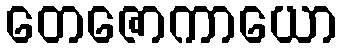
တေဇောကာယော